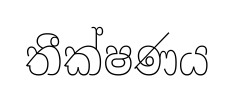
තීක්ෂණය